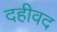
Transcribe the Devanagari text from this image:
दहीवद